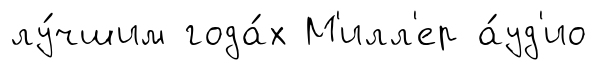
лу́чшим года́х М'илл'ер а́уд'ио